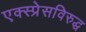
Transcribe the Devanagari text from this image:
एक्स्प्रेसविरुद्ध